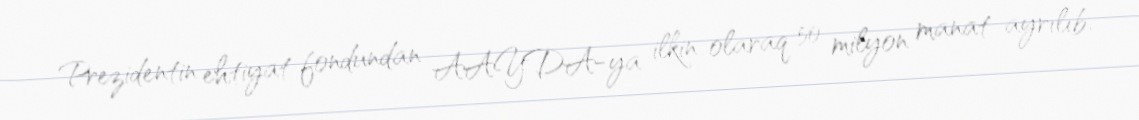
Prezidentin ehtiyat fondundan AAYDA-ya ilkin olaraq 50 milyon manat ayrılıb.